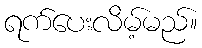
ရက်ပေးလိမ့်မည်။